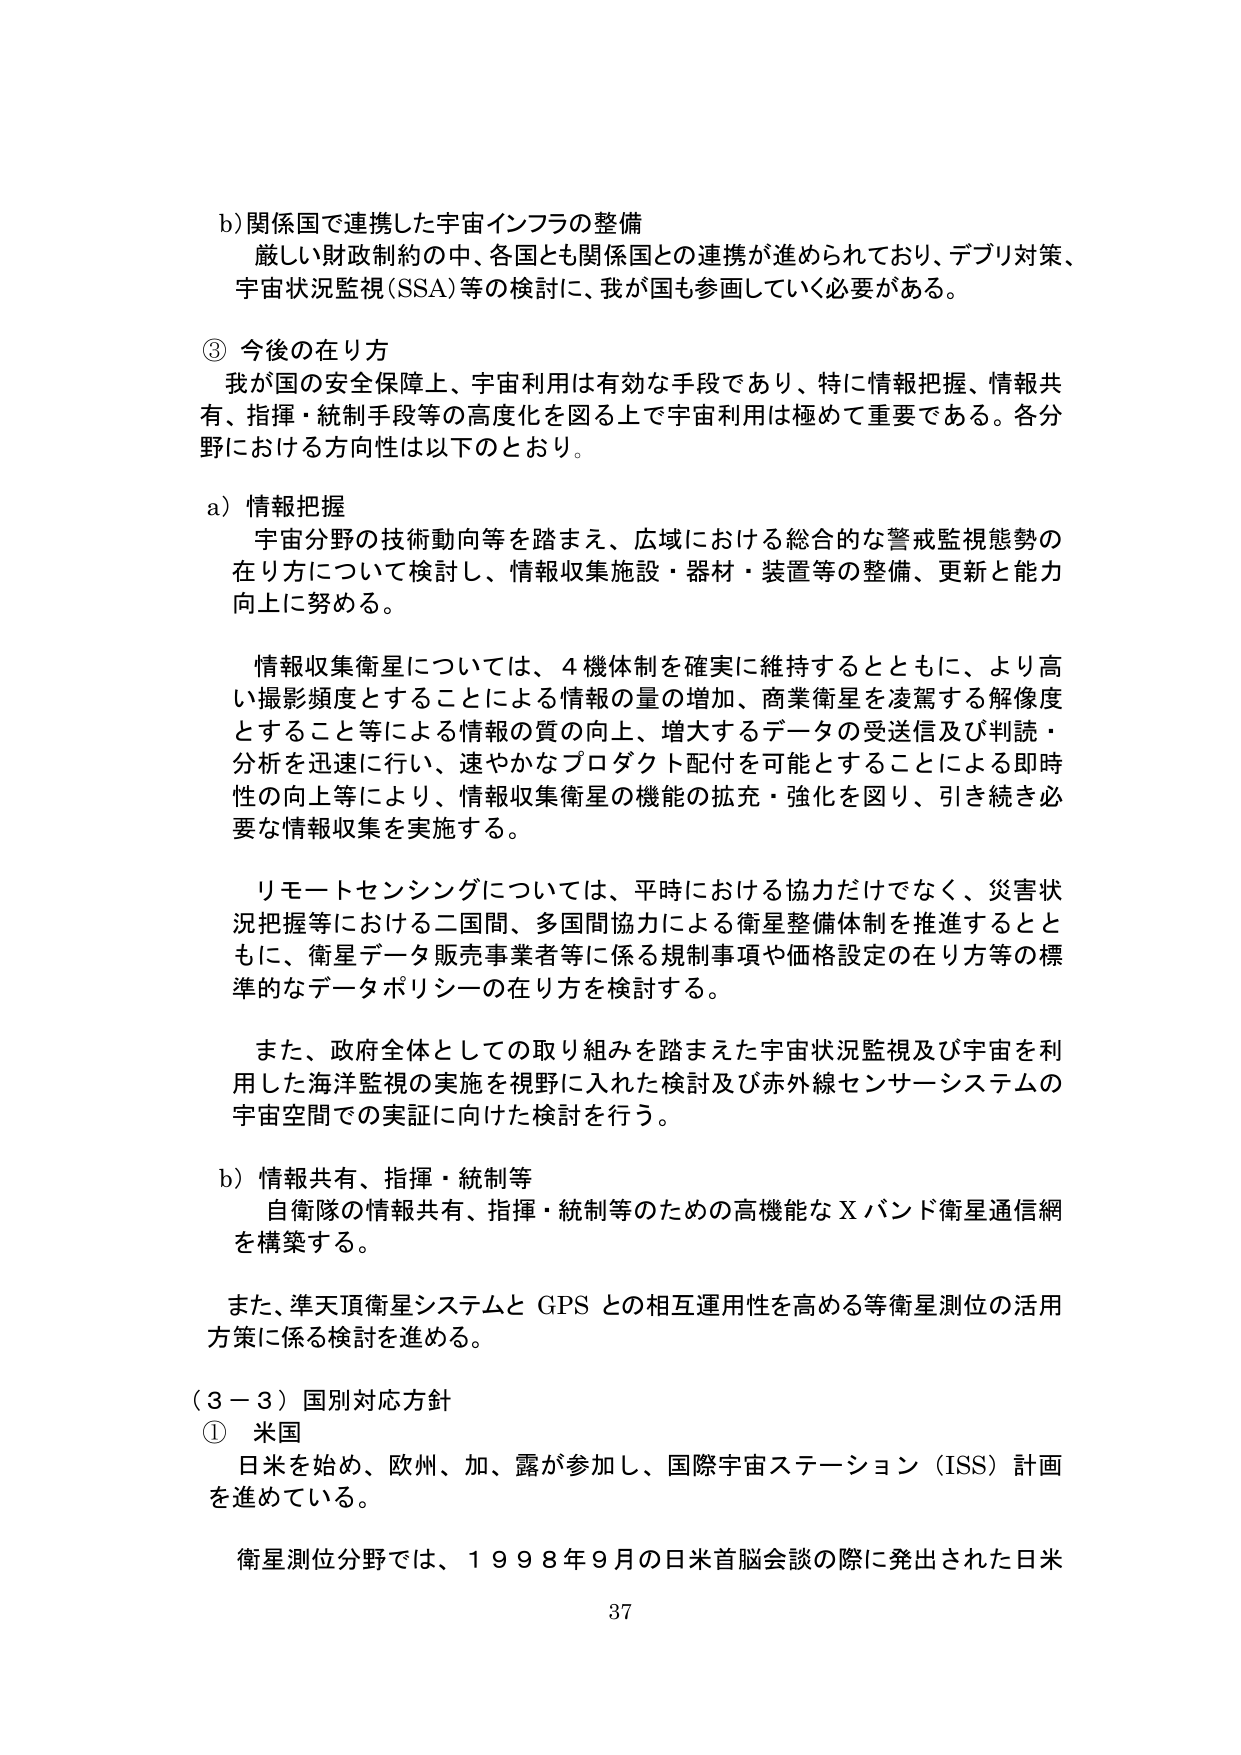
b) 関係国で連携した宇宙インフラの整備
厳しい財政制約の中、各国とも関係国との連携が進められており、デブリ対策、
宇宙状況監視（SSA）等の検討に、我が国も参画していく必要がある。

③ 今後の在り方
我が国の安全保障上、宇宙利用は有効な手段であり、特に情報把握、情報共有、指揮・統制手段等の高度化を図る上で宇宙利用は極めて重要である。各分野における方向性は以下のとおり。

a) 情報把握
宇宙分野の技術動向等を踏まえ、広域における総合的な警戒監視態勢の在り方について検討し、情報収集施設・器材・装置等の整備、更新と能力向上に努める。

情報収集衛星については、4機体制を確実に維持するとともに、より高い撮影頻度とすることによる情報の量の増加、商業衛星を凌駕する解像度とすること等による情報の質の向上、増大するデータの受送信及び判読・分析を迅速に行い、速やかなプロダクト配付を可能とすることによる即時性の向上等により、情報収集衛星の機能の拡充・強化を図り、引き続き必要な情報収集を実施する。

リモートセンシングについては、平時における協力だけでなく、災害状況把握等における二国間、多国間協力による衛星整備体制を推進するとともに、衛星データ販売事業者等に係る規制事項や価格設定の在り方等の標準的なデータポリシーの在り方を検討する。

また、政府全体としての取り組みを踏まえた宇宙状況監視及び宇宙を利用した海洋監視の実施を視野に入れた検討及び赤外線センサーシステムの宇宙空間での実証に向けた検討を行う。

b) 情報共有、指揮・統制等
自衛隊の情報共有、指揮・統制等のための高機能なXバンド衛星通信網を構築する。

また、準天頂衛星システムとGPSとの相互運用性を高める等衛星測位の活用方策に係る検討を進める。

（3－3）国別対応方針
① 米国
日米を始め、欧州、加、露が参加し、国際宇宙ステーション（ISS）計画を進めている。

衛星測位分野では、1998年9月の日米首脳会談の際に発出された日米

37